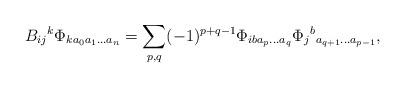
LaTeX: \begin{align*}B_{ij}{}^k\Phi_{ka_0a_1\ldots a_n} = \sum_{p,q} (-1)^{p+q-1} \Phi_{iba_{p}\ldots a_{q}} \Phi_{j}{}^b{}_{a_{q+1}\ldots a_{p-1}},\end{align*}